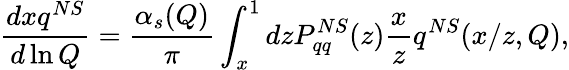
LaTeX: \frac{dxq^{NS}}{d\ln Q}=\frac{\alpha_{s}(Q)}{\pi}\int_{x}^{1}dzP_{qq}^{NS}(z)\frac{x}{z}q^{NS}(x/z,Q),